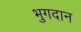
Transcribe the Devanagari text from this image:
भुगदान